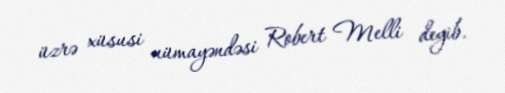
üzrə xüsusi nümayəndəsi Robert Melli deyib.